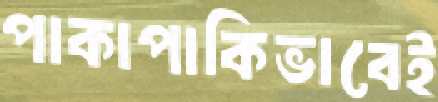
পাকাপাকিভাবেই